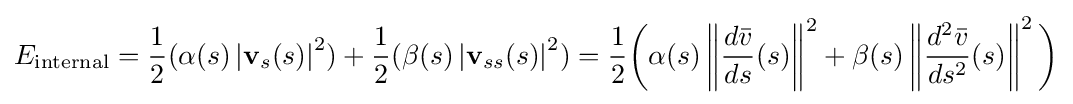
E_{\text{internal}}={\frac {1}{2}}(\alpha \,\!(s)\left|\mathbf {v} _{s}(s)\right\vert ^{2})+{\frac {1}{2}}(\beta \,\!(s)\left|\mathbf {v} _{ss}(s)\right\vert ^{2})={\frac {1}{2}}{\bigg (}\alpha \,\!(s)\left\|{\frac {d{\bar {v}}}{ds}}(s)\right\Vert ^{2}+\beta \,\!(s)\left\|{\frac {d^{2}{\bar {v}}}{ds^{2}}}(s)\right\Vert ^{2}{\bigg )}